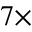
7 \times